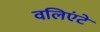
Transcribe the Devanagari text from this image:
वलिएंटे